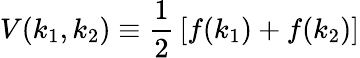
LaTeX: V(k_{1},k_{2})\equiv{\frac{1}{2}}\left[f(k_{1})+f(k_{2})\right]